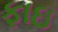
ફાઇ